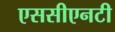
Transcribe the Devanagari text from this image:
एससीएनटी